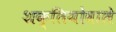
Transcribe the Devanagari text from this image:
शक्तियोंवाले